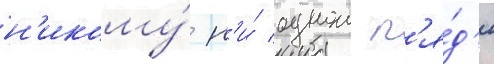
н'икому́ н'и́ однои п'я́д'и